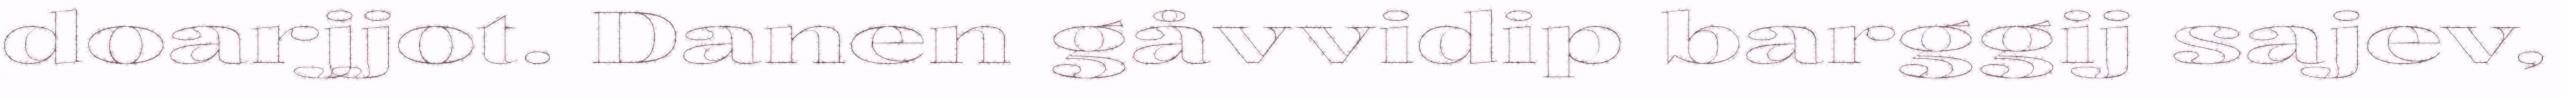
doarjjot. Danen gåvvidip barggij sajev,